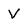
Character: v